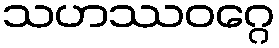
သဟဿဝဂ္ဂေ